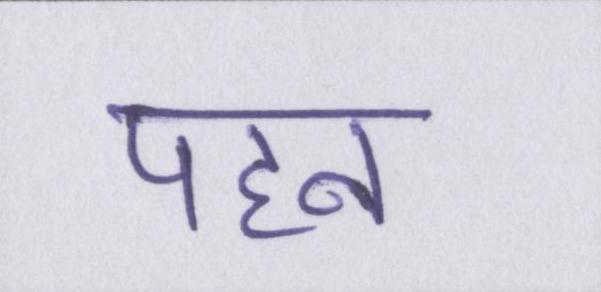
पहन